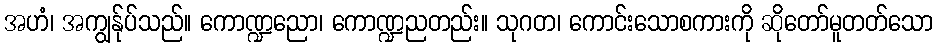
အဟံ၊ အကျွန်ုပ်သည်။ ကောဏ္ဍညော၊ ကောဏ္ဍညတည်း။ သုဂတ၊ ကောင်းသောစကားကို ဆိုတော်မူတတ်သော